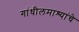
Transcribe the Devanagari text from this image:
गांधीलमाश्यांचे